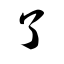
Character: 了